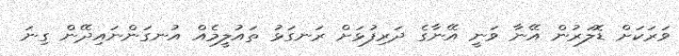
ވަރަކަށް ޑޮލަރުން އޭނާ ވަނީ އޭނާގެ ދަރިފުޅަށް ރަނގަޅު ތައުލީމެއް އުނގަންނައިދޭން ގިނަ